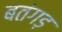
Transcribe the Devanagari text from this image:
बतंगड़